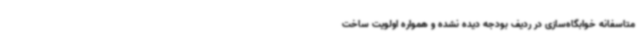
متاسفانه خوابگاه‌سازی در ردیف بودجه دیده نشده و همواره اولویت ساخت